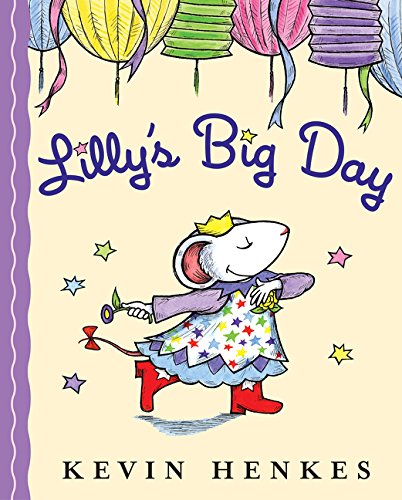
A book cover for Lilly's Big Day; Kevin Henkes; Children's Books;